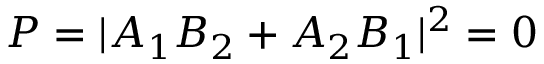
P = | A _ { 1 } B _ { 2 } + A _ { 2 } B _ { 1 } | ^ { 2 } = 0